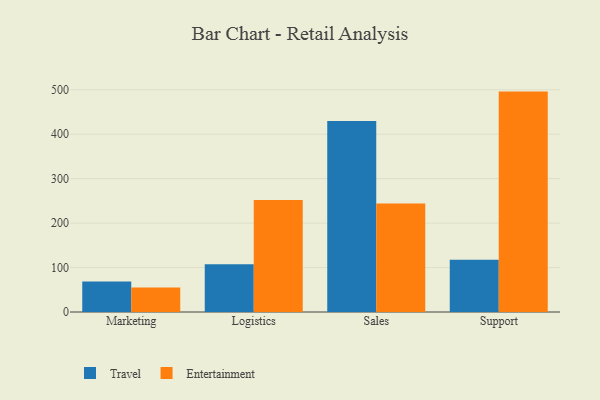
{"axis": {"x": "Department", "y": "Customer Acquisition Cost (USD)"}, "legend": ["Entertainment", "Travel"], "data": [{"x": "Marketing", "y": 68.6, "type": "Travel"}, {"x": "Marketing", "y": 55.1, "type": "Entertainment"}, {"x": "Logistics", "y": 107.4, "type": "Travel"}, {"x": "Logistics", "y": 251.8, "type": "Entertainment"}, {"x": "Sales", "y": 429.7, "type": "Travel"}, {"x": "Sales", "y": 244.2, "type": "Entertainment"}, {"x": "Support", "y": 117.5, "type": "Travel"}, {"x": "Support", "y": 495.7, "type": "Entertainment"}]}